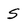
Character: S